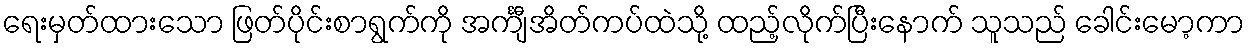
ရေးမှတ်ထားသော ဖြတ်ပိုင်းစာရွက်ကို အင်္ကျီအိတ်ကပ်ထဲသို့ ထည့်လိုက်ပြီးနောက် သူသည် ခေါင်းမော့ကာ